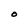
Character: O